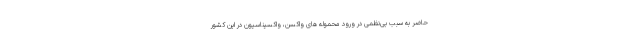
حاضر به سبب بی‌نظمی در ورود محموله های واکسن، واکسیناسیون در این کشور